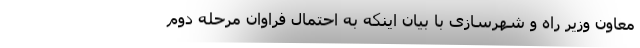
معاون وزیر راه و شهرسازی با بیان اینکه به احتمال فراوان مرحله دوم